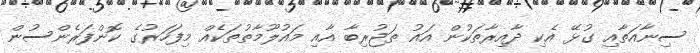
ސިނާއަތާއި ގުޅޭ އެކި ދާއިރާތަކުން އައު ތަޖުރިބާ އާއި މައުލޫމާތުތަކެއް މިފަހަރުގެ ކޮންފަރެންސުން